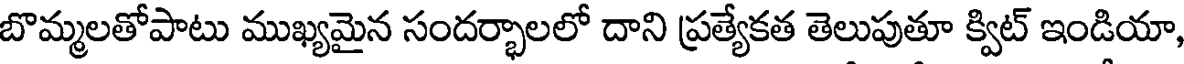
బొమ్మలతోపాటు ముఖ్యమైన సందర్భాలలో దాని ప్రత్యేకత తెలుపుతూ క్విట్ ఇండియా,